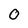
Character: 0